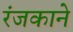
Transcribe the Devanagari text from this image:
रंजकाने